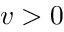
v > 0